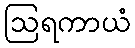
ဩရကာယံ